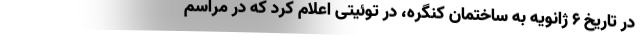
در تاریخ ۶ ژانویه به ساختمان کنگره، در توئیتی اعلام کرد که در مراسم